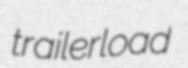
trailerload